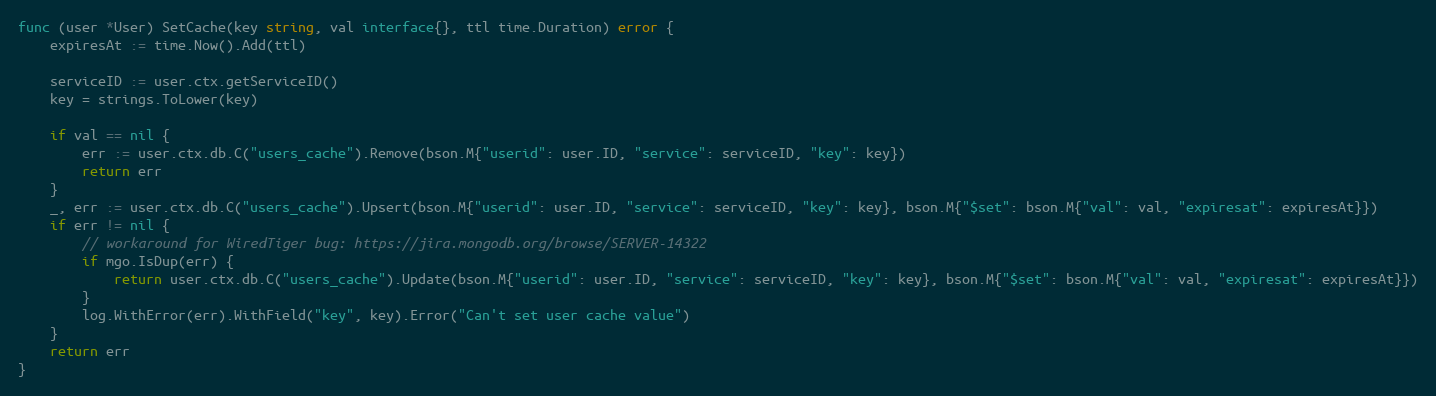
Language: Go
func (user *User) SetCache(key string, val interface{}, ttl time.Duration) error {
	expiresAt := time.Now().Add(ttl)

	serviceID := user.ctx.getServiceID()
	key = strings.ToLower(key)

	if val == nil {
		err := user.ctx.db.C("users_cache").Remove(bson.M{"userid": user.ID, "service": serviceID, "key": key})
		return err
	}
	_, err := user.ctx.db.C("users_cache").Upsert(bson.M{"userid": user.ID, "service": serviceID, "key": key}, bson.M{"$set": bson.M{"val": val, "expiresat": expiresAt}})
	if err != nil {
		// workaround for WiredTiger bug: https://jira.mongodb.org/browse/SERVER-14322
		if mgo.IsDup(err) {
			return user.ctx.db.C("users_cache").Update(bson.M{"userid": user.ID, "service": serviceID, "key": key}, bson.M{"$set": bson.M{"val": val, "expiresat": expiresAt}})
		}
		log.WithError(err).WithField("key", key).Error("Can't set user cache value")
	}
	return err
}